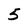
Character: 5